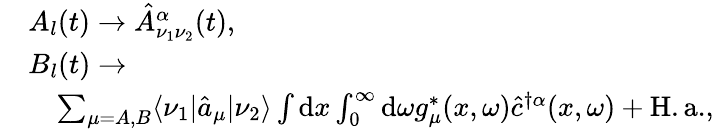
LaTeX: \begin{array}{rl}&{A_{l}(t)\to\hat{A}_{\nu_{1}\nu_{2}}^{\alpha}(t),}\\ &{B_{l}(t)\to}\\ &{\quad\sum_{\mu=A,B}\langle\nu_{1}|\hat{a}_{\mu}|\nu_{2}\rangle\int\mathrm{d}x\int_{0}^{\infty}\mathrm{d}\omega g_{\mu}^{*}(x,\omega)\hat{c}^{\dagger\alpha}(x,\omega)+\mathrm{H.a.},}\end{array}